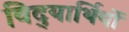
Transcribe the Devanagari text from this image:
विद्‍यार्थियों